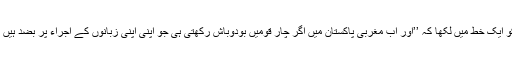
اور یہ امیر حمزہ شنواری ہی تھے جنہوں نے 11-7-72 کو ایک خط میں لکھا کہ ’’اور اب مغربی پاکستان میں اگر چار قومیں بودوباش رکھتی ہی جو اپنی اپنی زبانوں کے اجراء پر بضد ہیں تو ایک پانچویں قوم بھی موجود ہے جسے مہاجر کہتے ہیں۔